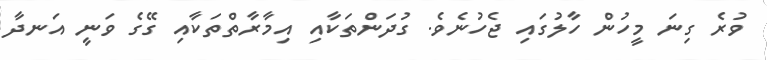
ވުރެ ގިނަ މީހުން ހާލުގައި ޖެހުނެވެ. ގުދަންތަކާއި އިމާރާތްތަކާއި ގޭގެ ވަނީ އަނދާ